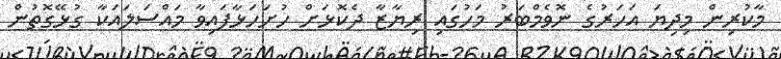
މާކުރިން މިދިޔަ އަހަރުގެ ނޮވެމްބަރު މަހުގައި ރިޔާޒާ ދެކޮޅަށް ހުށަހަޅާފައިވާ މައްސަލައަކާ ގުޅޭގޮތުން